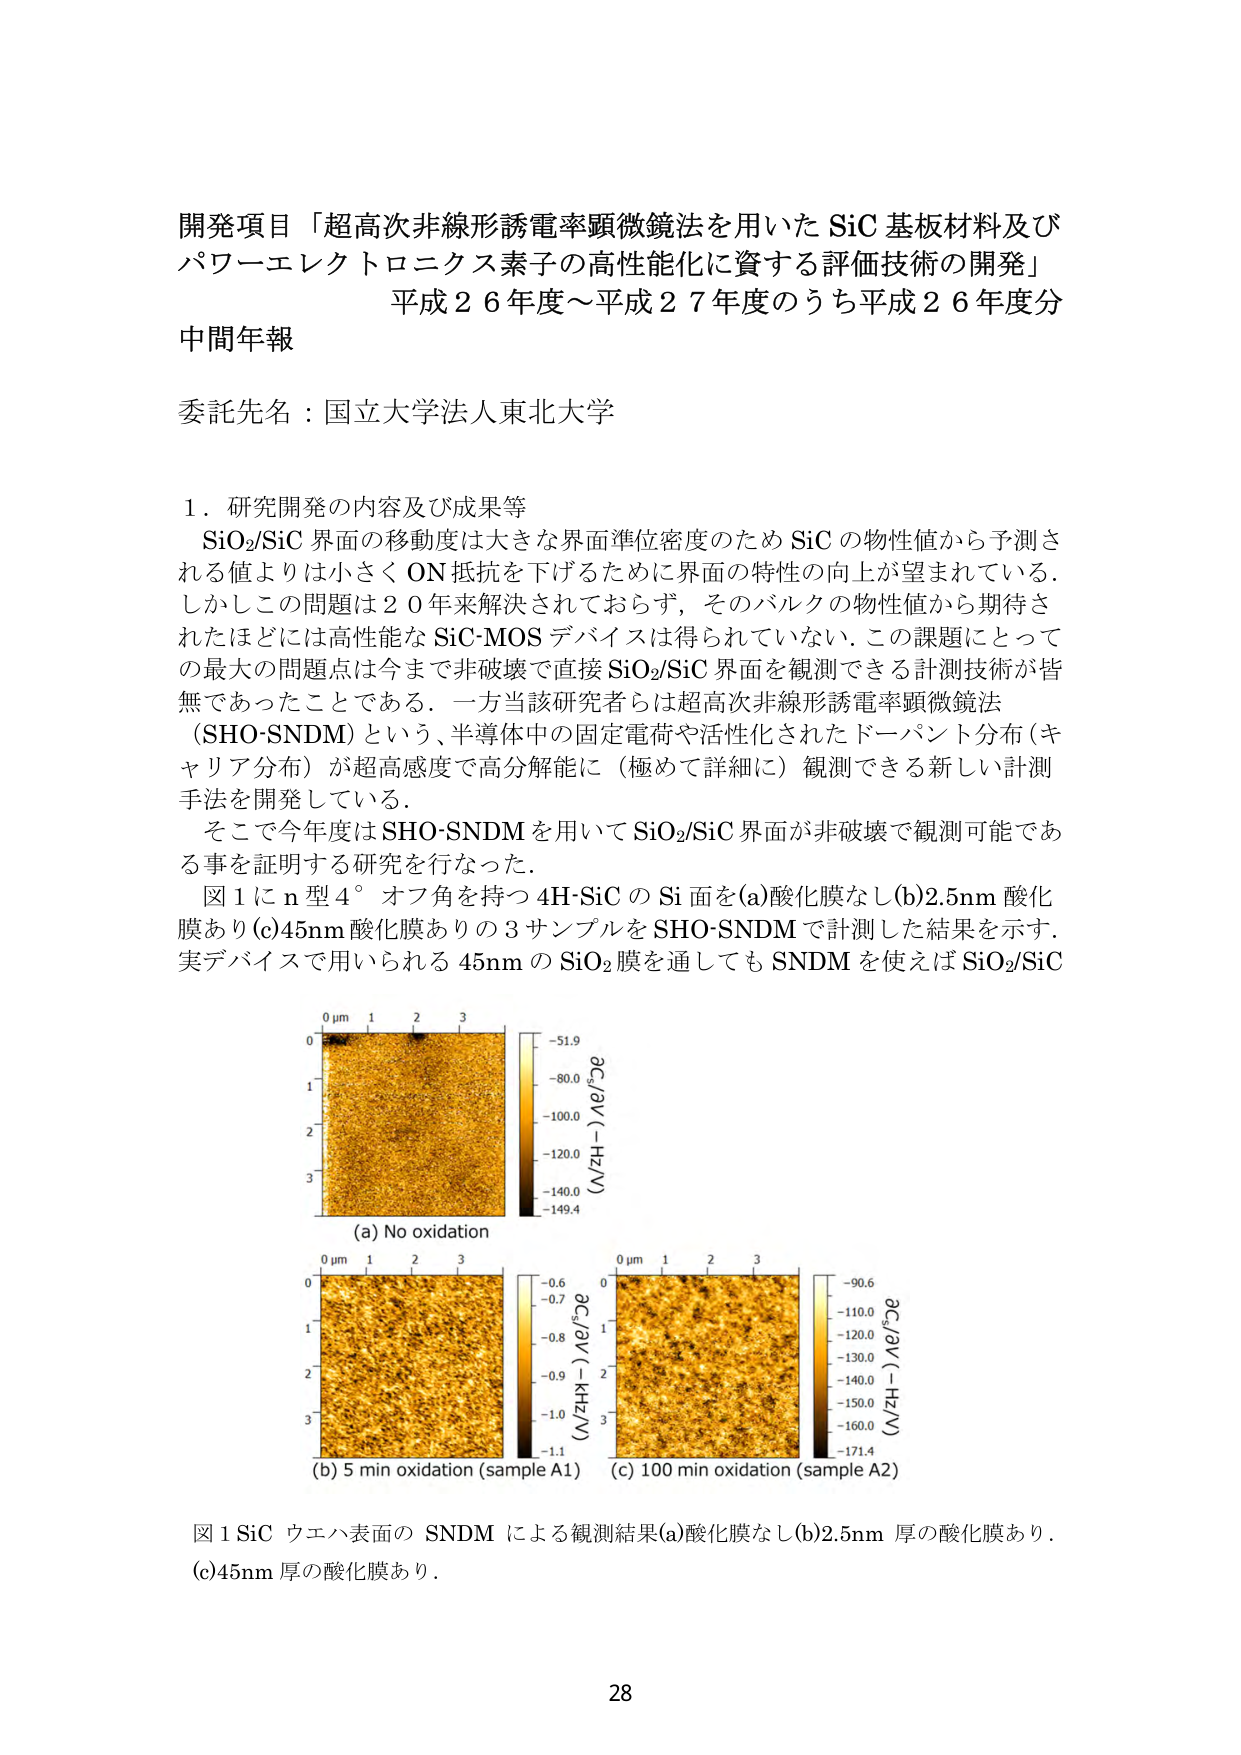
開発項目「超高次非線形誘電率顕微鏡法を用いた SiC 基板材料及び
パワーエレクトロニクス素子の高性能化に資する評価技術の開発」
平成２６年度～平成２７年度のうち平成２６年度分
中間年報

委託先名：国立大学法人東北大学

１．研究開発の内容及び成果等
SiO₂/SiC 界面の移動度は大きな界面準位密度のため SiC の物性値から予測さ
れる値よりは小さく ON 抵抗を下げるために界面の特性の向上が望まれている。
しかしこの問題は２０年来解決されておらず，そのバルクの物性値から期待さ
れたほどには高性能な SiC-MOS デバイスは得られていない。この課題にとって
の最大の問題点は今まで非破壊で直接 SiO₂/SiC 界面を観測できる計測技術が皆
無であったことである。一方当該研究者らは超高次非線形誘電率顕微鏡法
（SHO-SNDM）という、半導体中の固定電荷や活性化されたドーパント分布（キ
ャリア分布）が超高感度で高分解能に（極めて詳細に）観測できる新しい計測
手法を開発している。
そこで今年度は SHO-SNDM を用いて SiO₂/SiC 界面が非破壊で観測可能であ
る事を証明する研究を行なった。
図１に n 型４°オフ角を持つ 4H-SiC の Si 面を(a)酸化膜なし(b)2.5nm 酸化
膜あり(c)45nm 酸化膜ありの３サンプルを SHO-SNDM で計測した結果を示す。
実デバイスで用いられる 45nm の SiO₂膜を通しても SNDM を使えば SiO₂/SiC

0 μm 1 2 3
0
1
2
3
(a) No oxidation
-51.9
-80.0
-100.0
-120.0
-140.0
-149.4
∂C/∂V (-Hz/V)

0 μm 1 2 3
0
1
2
3
(b) 5 min oxidation (sample A1)
-0.6
-0.7
-0.8
-0.9
-1.0
-1.1
∂C/∂V (-kHz/V)

0 μm 1 2 3
0
1
2
3
(c) 100 min oxidation (sample A2)
-90.6
-110.0
-120.0
-130.0
-140.0
-150.0
-160.0
-171.4
∂C/∂V (-Hz/V)

図１ SiC ウエハ表面の SNDM による観測結果(a)酸化膜なし(b)2.5nm 厚の酸化膜あり。
(c)45nm 厚の酸化膜あり。

28